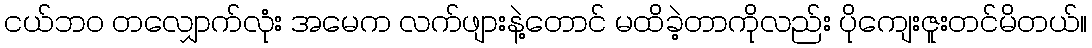
ငယ်ဘ၀ တလျှောက်လုံး အမေက လက်ဖျားနဲ့တောင် မထိခဲ့တာကိုလည်း ပိုကျေးဇူးတင်မိတယ်။